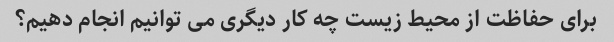
برای حفاظت از محیط زیست چه کار دیگری می توانیم انجام دهیم؟